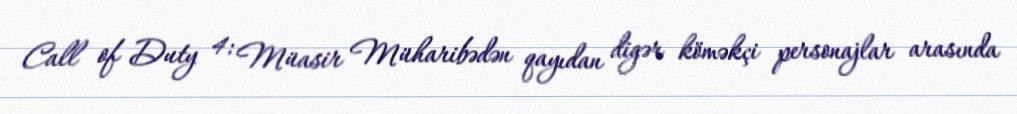
Call of Duty 4: Müasir Müharibədən qayıdan digər köməkçi personajlar arasında